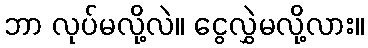
ဘာ လုပ်မလို့လဲ။ ငွေလွှဲမလို့လား။